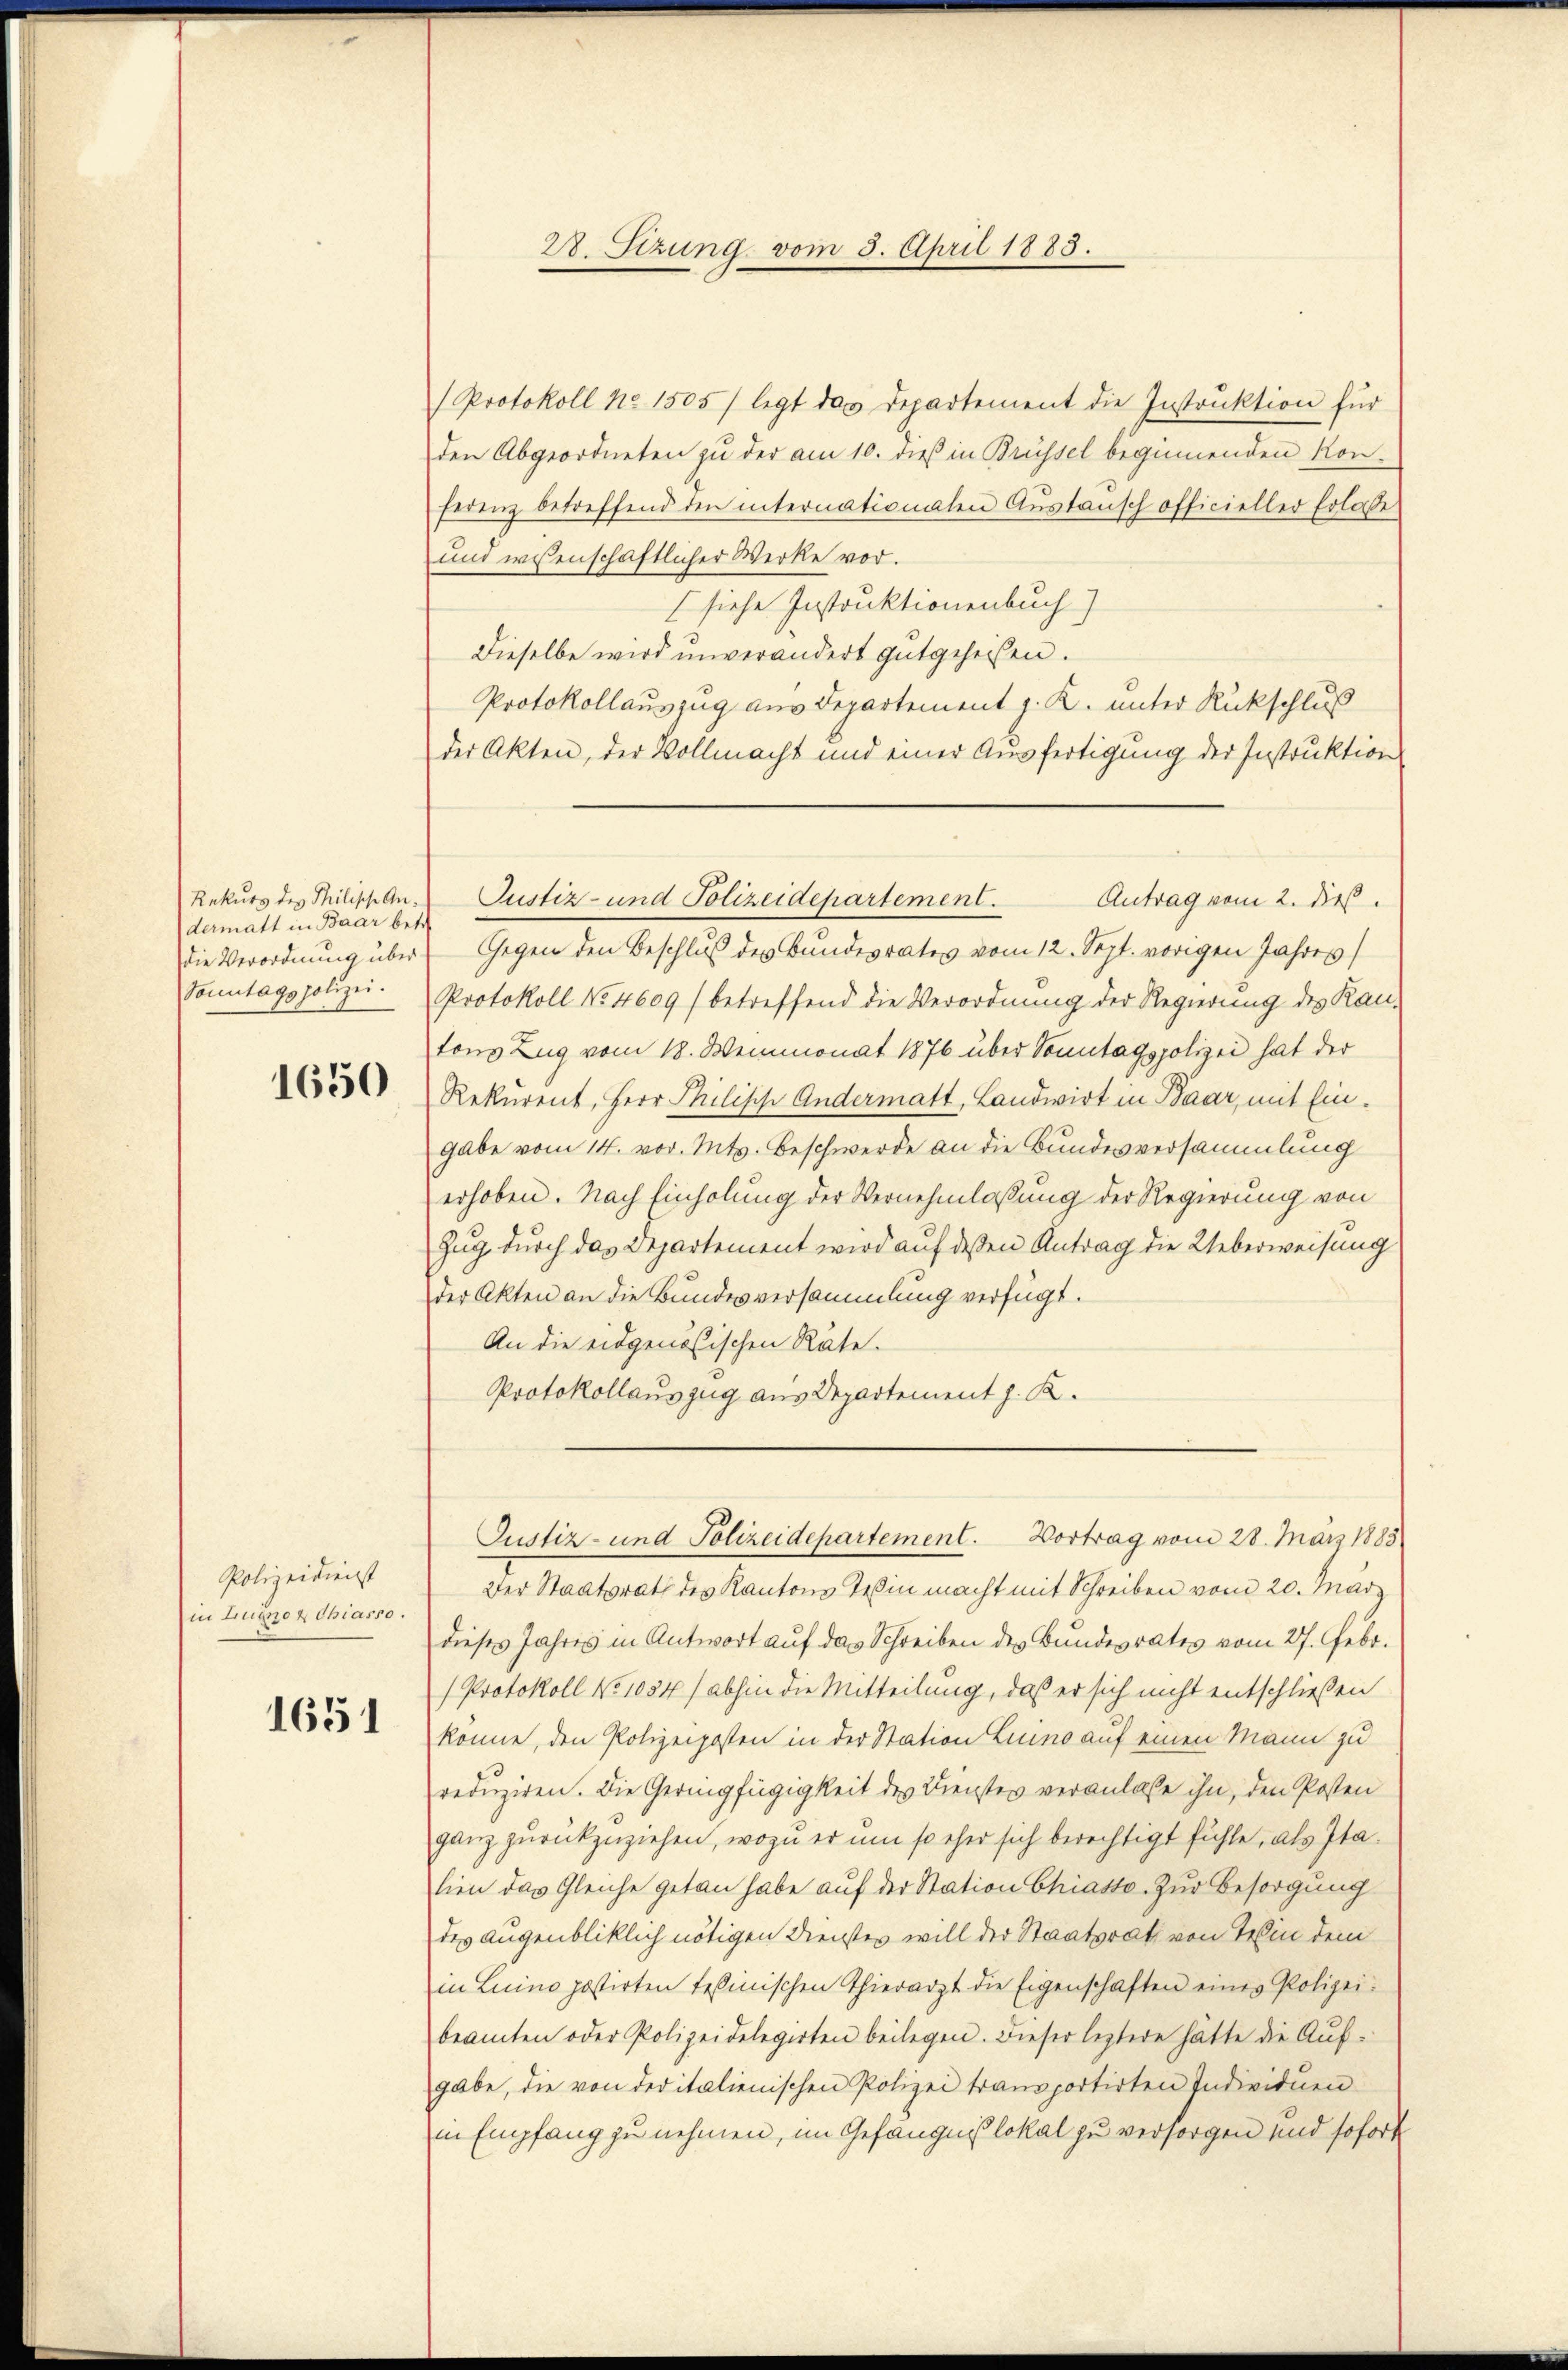
Rekurs des Philische Andermatt in Baar betr.
Sonntagspolizei.

1650

Polizeidienst
in Luinoz Chiasso.

1651

28. Sezung vom 3. April 1883.

Protokoll No 1505/ legt das Departement die Instruktion für
den Abgeordneten zu der am 10. dieß in Brüssel beginnenden Kon-
ferenz betreffend den internationalen Austausch officieller Erlasse
und wesenschaftlicher Werke vor.
(siehe Instruktionenbuch)
Dieselbe wird unverändert gutgeheißen.
Protokollauszug aus Departement J. K. unter Rückschluß
der Akten, der Vollmacht und einer Ausfertigung der Instruktion
die Verordnung über Gegen den Beschluß des Bundesrates vom 12. Sept. vorigen Jahres
Protokoll No 4609/ betreffend die Verordnung der Regierung des Kan-
tons Zug vom 18. Weinmonat 1876 über Sonntagspolizei hat der
Rekurent, Herr Philisch Andermatt, Landwirt in Baar, mit Eingabe vom 14. vor. Mts. Beschwerde an die Bundesversammlung
erhoben. Nach Einholung der Vernehmlassung der Regierung von
Zug durch das Departement wird auf dessen Antrag die Ueberweisung
der Akten an die Bundesversammlung verfügt.
An die eidgenößischen Räte.
Protokollauszug aus Departement J. K.
Justiz- und Polizeidepartement. Vortrag vom 28. März 1883
Der Staatsrath des Kantons Teßin macht mit Schreiben vom 20. März
dieses Jahres in Antwort auf das Schreiben des Bundesrates vom 27. Febr.
Protokoll No 1054) abhin die Mitteilung, daß er sich nicht entschließen
könne, den Polizeiposten in der Station Luino auf einen Mann zu
reduziren. Die Geringfügigkeit des Dienster veranlasse ihn, den Posten
ganz zurückzuziehen, wozu er um so eher sich berechtigt fühle, als Italien das Gleiche getan habe auf der Station Chiasso. Zur Besorgung
des Augenbliklich nötigen Dienstes will der Staatsrath von Teßin dem
in Luino postirten Tessinischen Thierarzt die Eigenschaften eines Polizei.
beamten oder Polizeidelegirten beilegen. Dieser leztere hätte die Aufgabe, die von der italienischen Polizei transportirten Individuen
in Empfang zu nehmen, im Gefängnißlokal zu versorgen und sofort

Justiz- und Polizeidepartement.
Antrag vom 2. dieß.